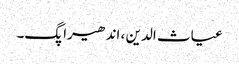
غیاث الدین ، اندھیرا پگ۔